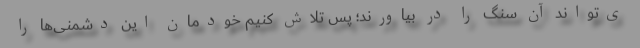
ی‌تواند آن سنگ را در بیاورند؛ پس تلاش کنیم خودمان این دشمنی‌ها را